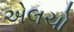
એલચો